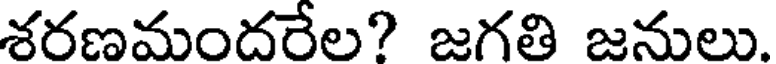
శరణమందరేల? జగతి జనులు.